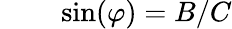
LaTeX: {}\quad\quad\sin(\varphi)=B/C